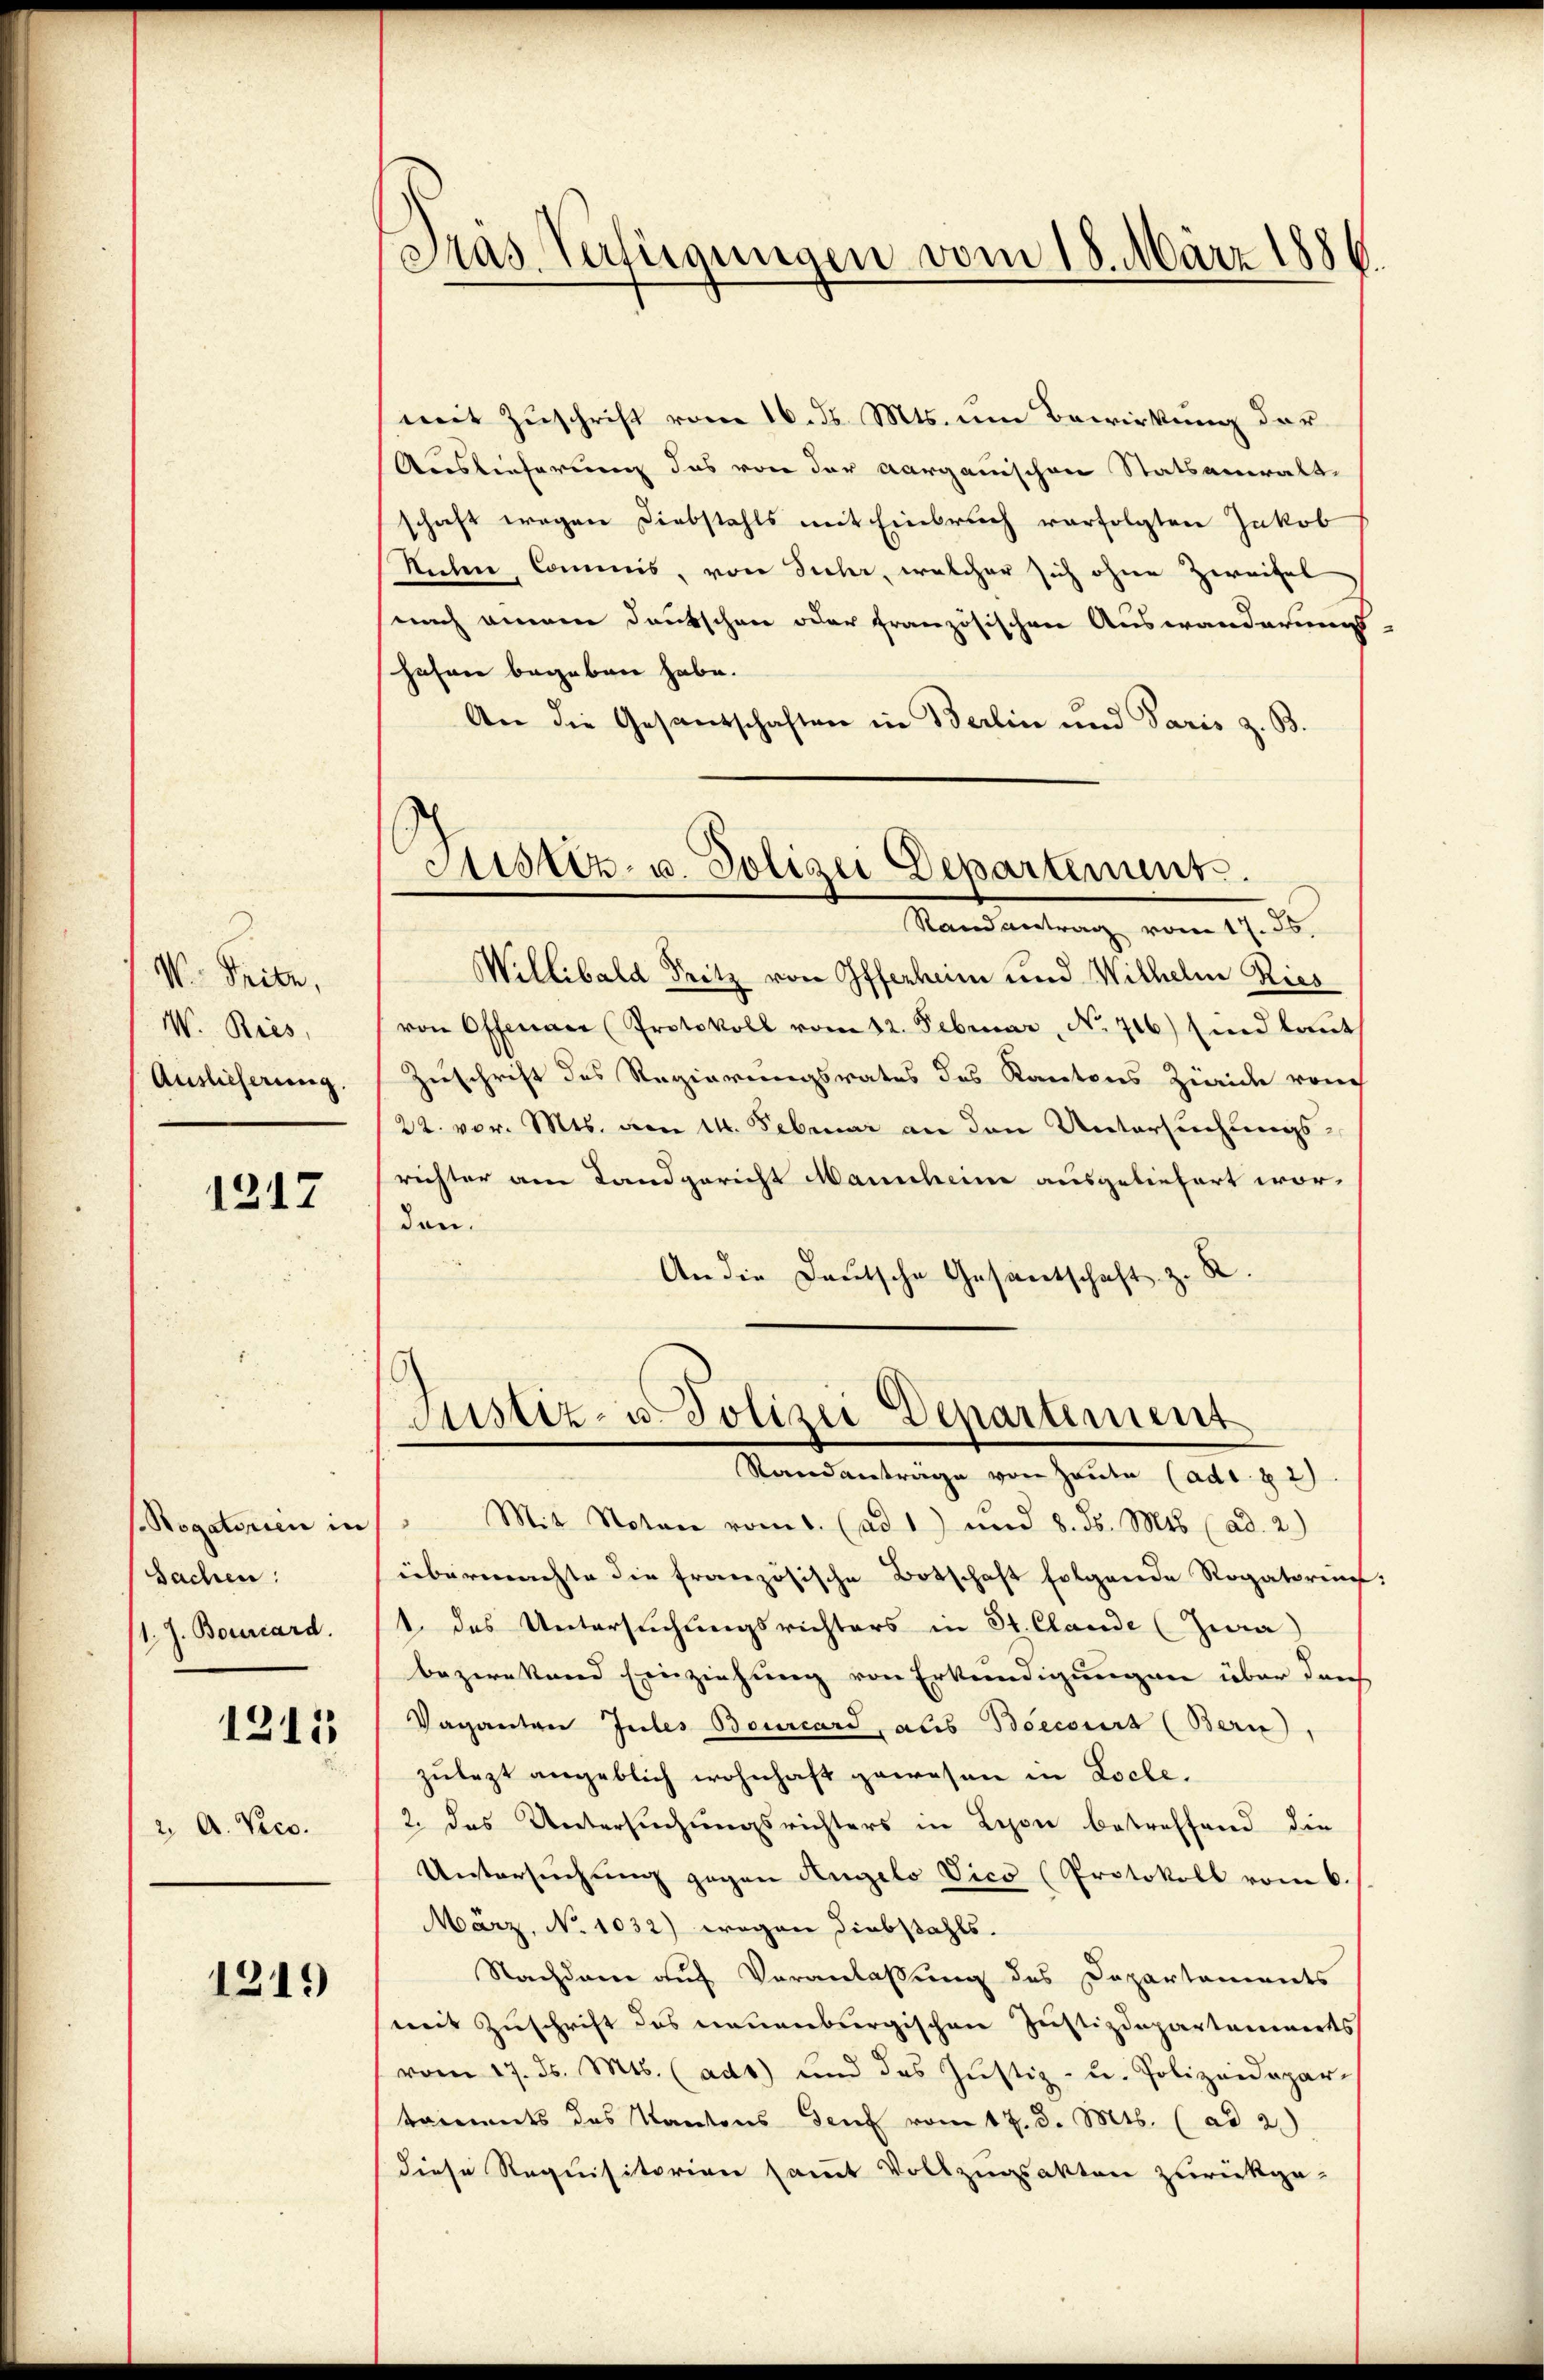
M. Seite,
W. Bries,
Auslieferung.

1217

Rogatorien in
Sachen:
1. J. Bourcard.

1315

2. A. Veco.

1219

Pras Verfügungen vom 18. März 1886.

mit Zuschrift vom 16. ds. Mts. um Bewirkung der
Auslieferung das von der Aargauischen Statsanwalt-
schaft wegen Diebstahls mit Einbruch verfolgten Jakob
Stehen Commis, von Siehr, welcher sich ohne Zweifel
nach aneren Deutschen oder französischen Auswanderung
hehen begeben habe.
An die Gesandschaften in Berlin und Paris z. B.
Willibald Fritz von Offerheim und Wilhelm Ries
von Offenaer (Protokoll vom 12. Februar, No 716) sind laut
Zuschrift des Regierungsrates des Kantons Zürich von
22. vor. Mts. am 14. Februar an den Untersuchungsrichter am Landgericht Manscheine ausgeliefert wor-
den.
An die Deutsche Gesantschaft z. St
Justiz- u. Polizei Departement
Standanträge von Heute (adi 82)
 Mit Noton vom 1. (ad 1) und 8. ds. Mts. (ad. 2.)
übermachte die französische Botschaft folgende Rogatoriu
1. des Untersuchungsrichters in St. Claude (Zwa
bezirkend Einziehung von Erkundigungen über durch
Vaganten Jules Bourcard, aus Boecours (Bern)
zulezt angeblich wohnhaft gewesen in Loche.
2. das Untersuchungsrichters in Lyon betreffend die
Untersuchung gegen Angelo Vico (Protokoll vom 6.
März, No 1032) wegen Diebstahls.
Nachdem auf Veranlaßung des Departaments
mit Zuschrift des neuenburgischen Justizdepartannerts
vom 17. ds. Mts. (adt) und das Justiz- u. Polizeidepar-
triments des Kantons Genf vom 17. d. Mts. (ad 2.)
diese Requisitorien samt Vollzugsakten zurückge-

Justiz- u. Polizei Departement.
Randantrag vom 17. 55.